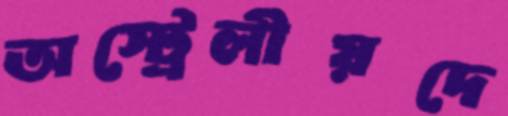
অস্ট্রেলীয়দে